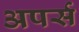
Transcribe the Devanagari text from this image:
अपर्स